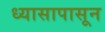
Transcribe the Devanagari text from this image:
ध्यासापासून